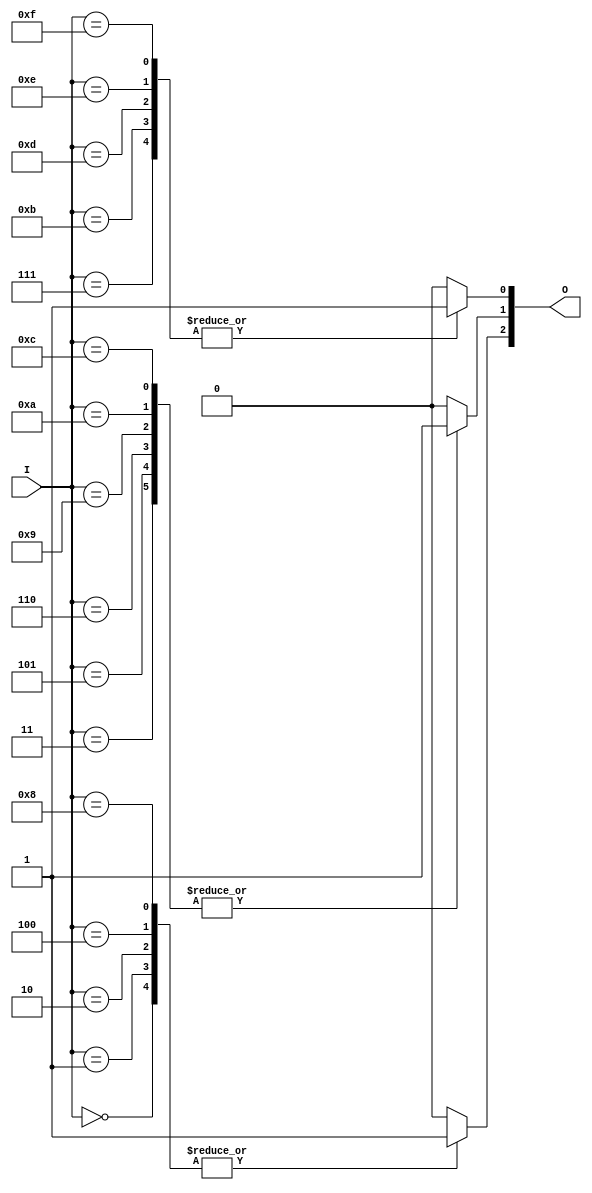
module voter_case(I, O);
    input   [3:0] I;  // I 4 men
    output  [3:1] O;  // O Result
    reg     [3:1] O;

    always@(I) begin
        // 
        case(I)
            4'b0000: O[3] = 1;
            4'b0001: O[3] = 1;
            4'b0010: O[3] = 1;
            4'b0100: O[3] = 1;
            4'b1000: O[3] = 1;
            default: O[3] = 0;
        endcase
        // 
        case(I)
            4'b0011: O[2] = 1;
            4'b0101: O[2] = 1;
            4'b0110: O[2] = 1;
            4'b1001: O[2] = 1;
            4'b1010: O[2] = 1;
            4'b1100: O[2] = 1;
            default: O[2] = 0;
        endcase
        // 
        case(I)
            4'b0111: O[1] = 1;
            4'b1011: O[1] = 1;
            4'b1101: O[1] = 1;
            4'b1110: O[1] = 1;
            4'b1111: O[1] = 1;
            default: O[1] = 0;
        endcase
    end
endmodule